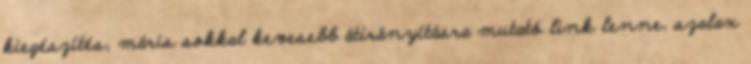
kiegészítés, máris sokkal kevesebb átirányításra mutató link lenne. szalax